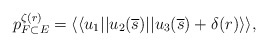
\begin{align*} p_{F\subset E}^{\zeta(r)} = \langle \langle u_1 || u_2(\overline{s}) || u_3(\overline{s}) + \delta(r) \rangle \rangle,\end{align*}